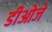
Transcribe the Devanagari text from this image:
डीओजे